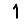
Digit: 1